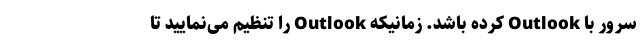
سرور با Outlook کرده باشد. زمانیکه Outlook را تنظیم می­‌نمایید تا